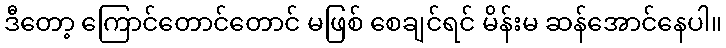
ဒီတော့ ကြောင်တောင်တောင် မဖြစ် စေချင်ရင် မိန်းမ ဆန်အောင်နေပါ။